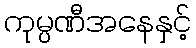
ကုမ္ပဏီအနေနှင့်